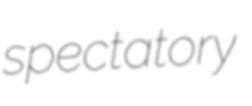
spectatory